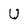
Character: U